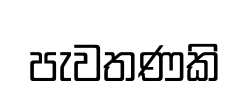
පැවතණකි